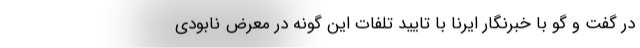
در گفت و گو با خبرنگار ایرنا با تایید تلفات این گونه در معرض نابودی